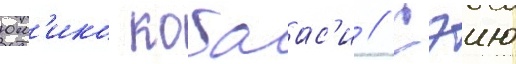
юм'ико кобаас'и // Сэию